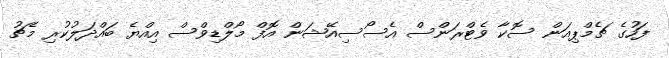
ފަހުގެ ޗެމްޕިއަން ސޮކާ ވެޓްރަންސް އެސޯސިއޭޝަން އޮފް މޯލްޑިވްސް އިއްޔެ ބައްދަލުކުރި މެޗު